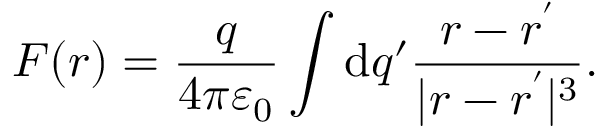
{ \boldsymbol { F } } ( { \boldsymbol { r } } ) = { \frac { q } { 4 \pi \varepsilon _ { 0 } } } \int \mathrm { d } q ^ { \prime } { \frac { { \boldsymbol { r } } - { \boldsymbol { r ^ { \prime } } } } { | { \boldsymbol { r } } - { \boldsymbol { r ^ { \prime } } } | ^ { 3 } } } .